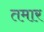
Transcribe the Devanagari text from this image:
तमार